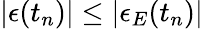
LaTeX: |\epsilon(t_{n})|\leq|\epsilon_{E}(t_{n})|